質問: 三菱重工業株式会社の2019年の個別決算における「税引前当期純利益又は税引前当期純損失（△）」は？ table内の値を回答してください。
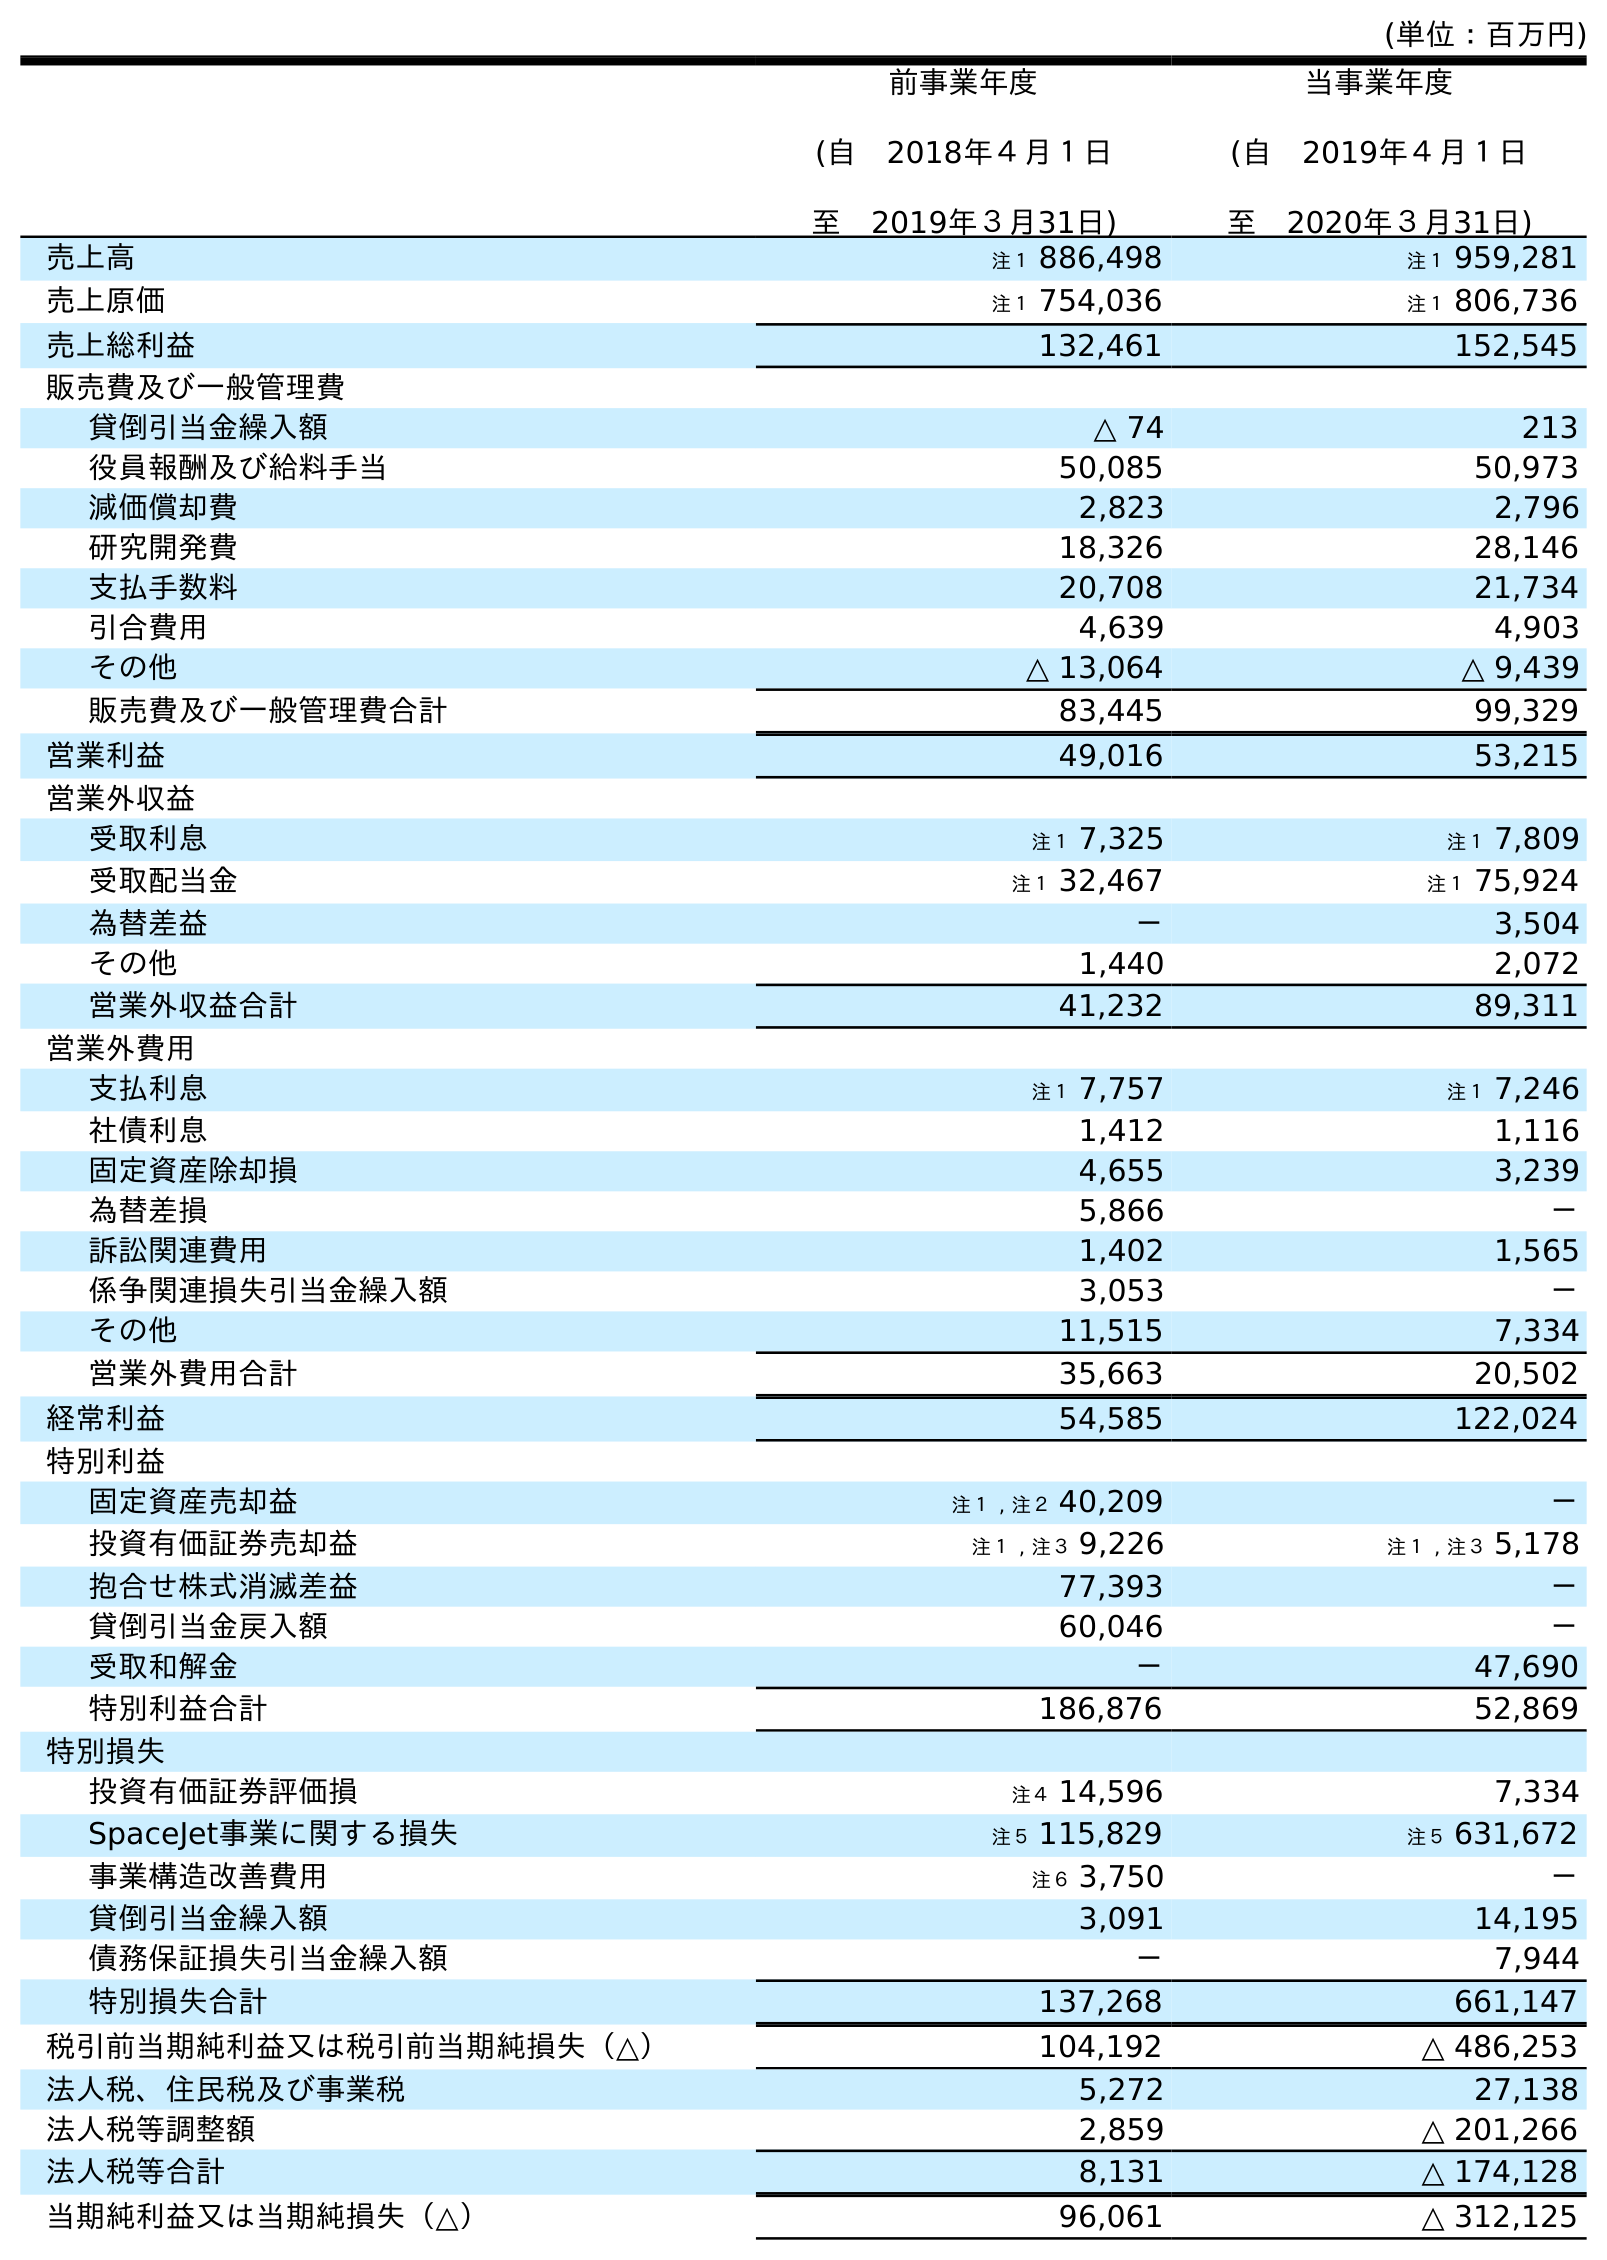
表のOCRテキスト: (単位：百万円) 前事業年度 (自 2018年４月１日 至 2019年３月31日) 当事業年度 (自 2019年４月１日 至 2020年３月31日) 売上高 注１ 886,498 注１ 959,281 売上原価 注１ 754,036 注１ 806,736 売上総利益 132,461 152,545 販売費及び一般管理費 貸倒引当金繰入額 △ 74 213 役員報酬及び給料手当 50,085 50,973 減価償却費 2,823 2,796 研究開発費 18,326 28,146 支払手数料 20,708 21,734 引合費用 4,639 4,903 その他 △ 13,064 △ 9,439 販売費及び一般管理費合計 83,445 99,329 営業利益 49,016 53,215 営業外収益 受取利息 注１ 7,325 注１ 7,809 受取配当金 注１ 32,467 注１ 75,924 為替差益 － 3,504 その他 1,440 2,072 営業外収益合計 41,232 89,311 営業外費用 支払利息 注１ 7,757 注１ 7,246 社債利息 1,412 1,116 固定資産除却損 4,655 3,239 為替差損 5,866 － 訴訟関連費用 1,402 1,565 係争関連損失引当金繰入額 3,053 － その他 11,515 7,334 営業外費用合計 35,663 20,502 経常利益 54,585 122,024 特別利益 固定資産売却益 注１ , 注２ 40,209 － 投資有価証券売却益 注１ , 注３ 9,226 注１ , 注３ 5,178 抱合せ株式消滅差益 77,393 － 貸倒引当金戻入額 60,046 － 受取和解金 － 47,690 特別利益合計 186,876 52,869 特別損失 投資有価証券評価損 注４ 14,596 7,334 SpaceJet事業に関する損失 注５ 115,829 注５ 631,672 事業構造改善費用 注６ 3,750 － 貸倒引当金繰入額 3,091 14,195 債務保証損失引当金繰入額 － 7,944 特別損失合計 137,268 661,147 税引前当期純利益又は税引前当期純損失（△） 104,192 △ 486,253 法人税、住民税及び事業税 5,272 27,138 法人税等調整額 2,859 △ 201,266 法人税等合計 8,131 △ 174,128 当期純利益又は当期純損失（△） 96,061 △ 312,125
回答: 104,192